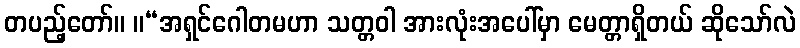
တပည့်တော်။ ။“အရှင်ဂေါတမဟာ သတ္တဝါ အားလုံးအပေါ်မှာ မေတ္တာရှိတယ် ဆိုသော်လဲ